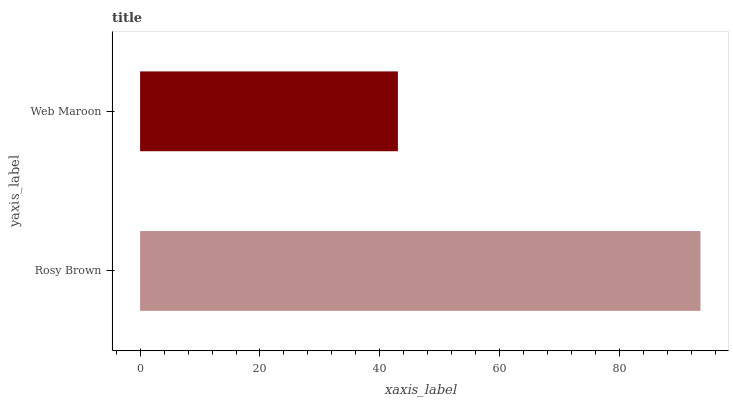
| yaxis_label | bars |
 | --- | --- |
 | Rosy Brown | 93.5 |
 | Web Maroon | 43 |